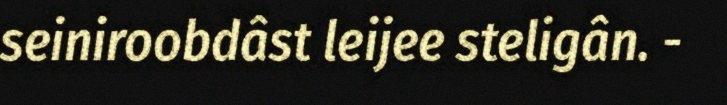
seiniroobdâst leijee steligân. -